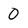
Character: 0